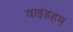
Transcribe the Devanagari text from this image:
वाइंडहम